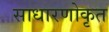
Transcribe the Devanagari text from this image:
साधारणोकृत